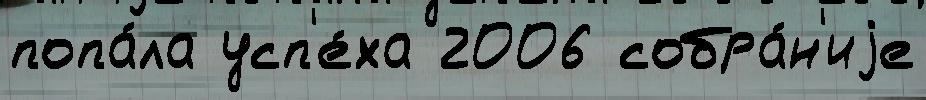
попа́ла усп'е́ха 2006 собра́н'иjе